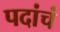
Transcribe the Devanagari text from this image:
पदांचं